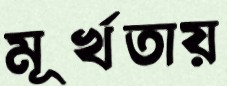
মূর্খতায়